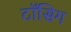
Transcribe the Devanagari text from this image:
टॉसिग